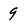
Character: 9